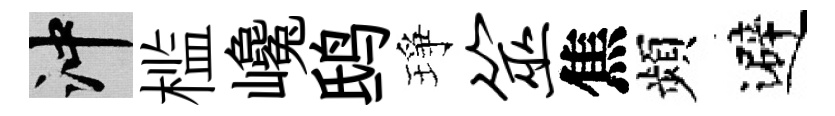
冲槛巉鸱琤筮焦頻避